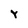
Character: Y